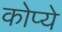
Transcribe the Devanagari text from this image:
कोप्ये